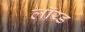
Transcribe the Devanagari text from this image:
लॉय्ड